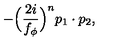
- \Big ( \frac { 2 i } { f _ { \phi } } \Big ) ^ { n } p _ { 1 } \cdot p _ { 2 } ,